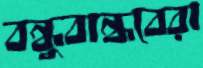
বন্ধুবান্ধবেরা